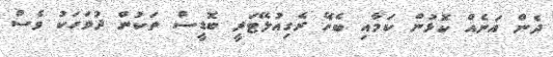
ދެން އަނެއް ކޮޅުން ކަމާއި ބެހޭ ރެގިއުލޭޓަރީ ބޮޑީސް ތަކުން ދުވަހަކު ވެސް